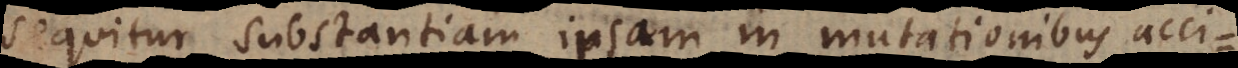
sequitur substantiam ipsam in mutationibus acci